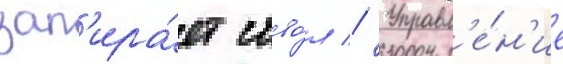
зап'ира́ет ство́л // Управл'е́н'ие